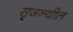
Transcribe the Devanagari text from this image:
सृजन्यील